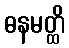
ဓနမတ္ထိ